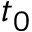
t _ { 0 }